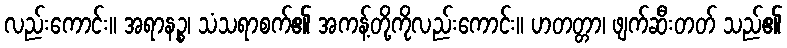
လည်းကောင်း။ အရာနဉ္စ၊ သံသရာစက်၏ အကန့်တို့ကိုလည်းကောင်း။ ဟတတ္တာ၊ ဖျက်ဆီးတတ် သည်၏